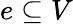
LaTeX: e\subseteq V